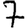
Digit: 7